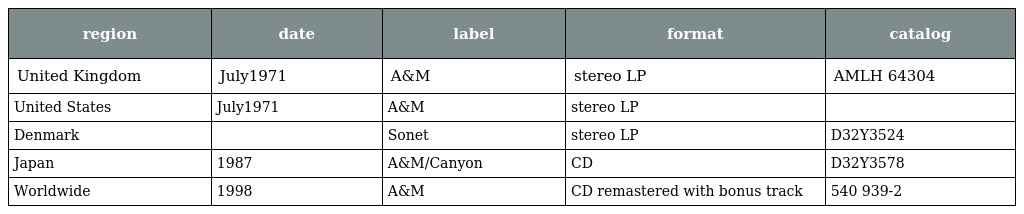
| region | date | label | format | catalog |
 | --- | --- | --- | --- | --- |
 | United Kingdom | July1971 | A&M | stereo LP | AMLH 64304 |
 | United States | July1971 | A&M | stereo LP |  |
 | Denmark |  | Sonet | stereo LP | D32Y3524 |
 | Japan | 1987 | A&M/Canyon | CD | D32Y3578 |
 | Worldwide | 1998 | A&M | CD remastered with bonus track | 540 939-2 |